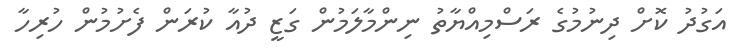
އަގުދު ކޮށް ދިނުމުގެ ރަސްމިއްޔާތު ނިންމާލަމުން ގަޒީ ދުއާ ކުރަން ފެށުމުން ހުރިހާ